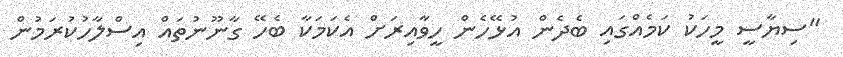
"ސިޔާސީ މީހަކު ކަމެއްގައި ބެދެން އުޅޭހެން ހީވާއިރަށް އެކަމަކާ ބެހޭ ގާނޫނުތައް އިސްލާހުކުރަމުން